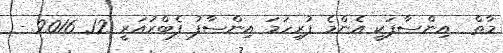
މާތް  އިންސާފަކީ އެންމެ ފުރިހަމަ އިންސާފު ފެބްރުއަރީ 12